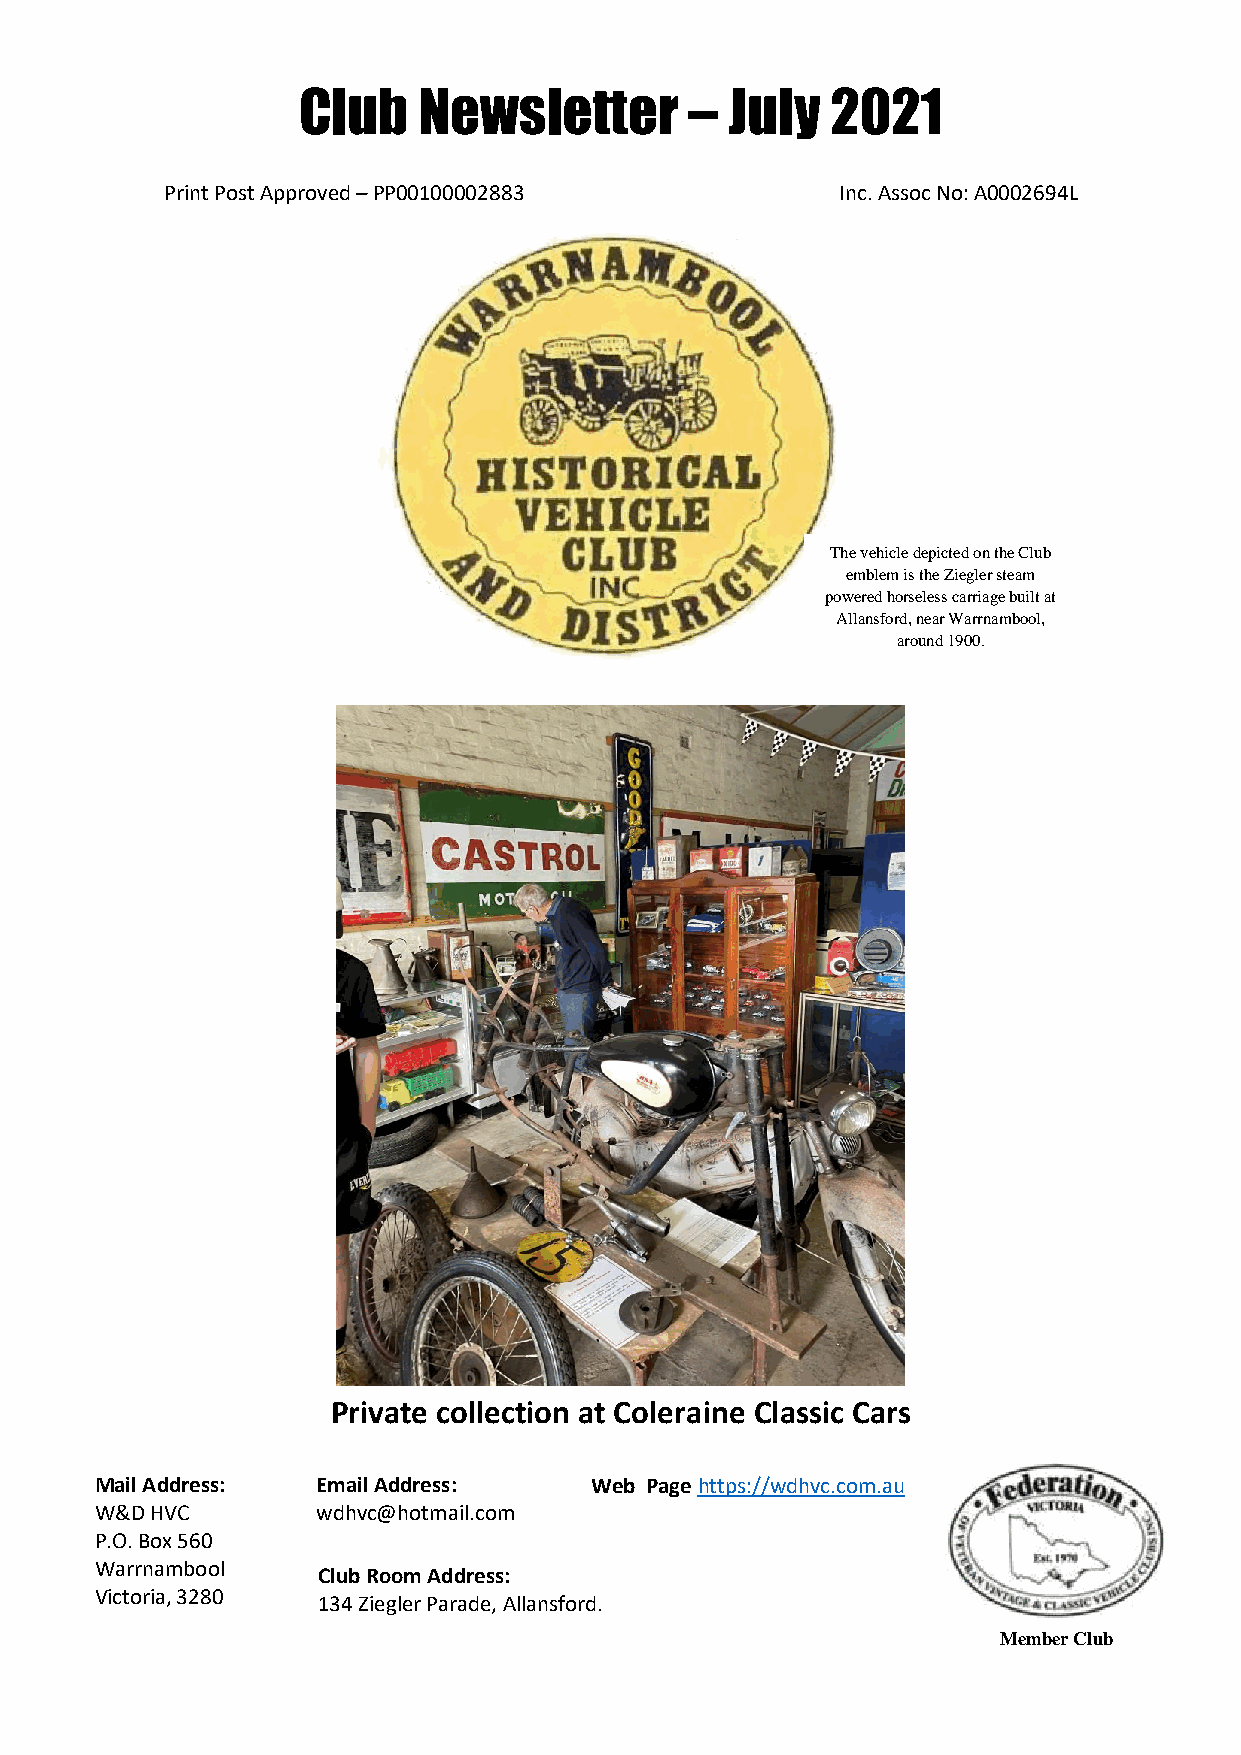
Club    Newsletter        – July   2021
 Print Post Approved – PP00100002883          Inc. Assoc No: A0002694L
 The vehicle depicted on the Club
 emblem is the Ziegler steam
 powered horseless carriage built at
 Allansford, near Warrnambool,
 around 1900.
 Private collection at Coleraine Classic Cars
 Mail Address:  Email Address:    Web Page https://wdhvc.com.au
 W&D HVC        wdhvc@hotmail.com
 P.O. Box 560
 Warrnambool
 Club Room Address:
 Victoria, 3280
 134 Ziegler Parade, Allansford.
 Court,wdhvc@hotmail.com
 Member Club